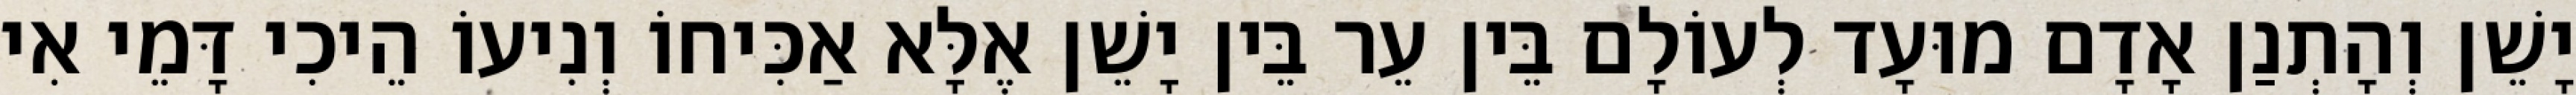
יָשֵׁן וְהָתְנַן אָדָם מוּעָד לְעוֹלָם בֵּין עֵר בֵּין יָשֵׁן אֶלָּא אַכִּיחוֹ וְנִיעוֹ הֵיכִי דָּמֵי אִי